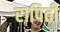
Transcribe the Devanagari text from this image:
रापिती